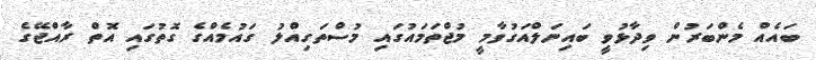
ބައެއް މެންބަރުން ވިދާޅުވީ ބައިނަލްއަގުވާމީ މުޖްތަމައުގައި މުސްތަގިއްލު ގައުމެއްގެ ގޮތުގައި އޮތް ރާއްޖޭގެ